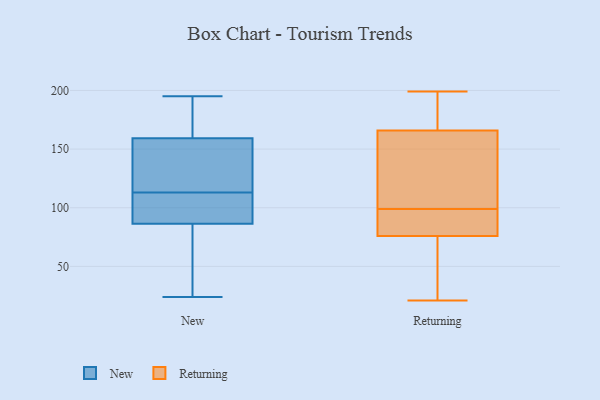
{"axis": {"x": "Waste Production (Tons)", "y": "Value"}, "legend": ["New", "Returning"], "data": [{"x": "", "y": 24, "type": "New"}, {"x": "", "y": 154, "type": "New"}, {"x": "", "y": 113, "type": "New"}, {"x": "", "y": 195, "type": "New"}, {"x": "", "y": 189, "type": "New"}, {"x": "", "y": 49, "type": "New"}, {"x": "", "y": 152, "type": "New"}, {"x": "", "y": 179, "type": "New"}, {"x": "", "y": 121, "type": "New"}, {"x": "", "y": 66, "type": "New"}, {"x": "", "y": 100, "type": "New"}, {"x": "", "y": 127, "type": "New"}, {"x": "", "y": 98, "type": "New"}, {"x": "", "y": 93, "type": "New"}, {"x": "", "y": 99, "type": "New"}, {"x": "", "y": 45, "type": "New"}, {"x": "", "y": 175, "type": "New"}, {"x": "", "y": 105, "type": "Returning"}, {"x": "", "y": 53, "type": "Returning"}, {"x": "", "y": 172, "type": "Returning"}, {"x": "", "y": 115, "type": "Returning"}, {"x": "", "y": 199, "type": "Returning"}, {"x": "", "y": 79, "type": "Returning"}, {"x": "", "y": 75, "type": "Returning"}, {"x": "", "y": 195, "type": "Returning"}, {"x": "", "y": 63, "type": "Returning"}, {"x": "", "y": 21, "type": "Returning"}, {"x": "", "y": 95, "type": "Returning"}, {"x": "", "y": 147, "type": "Returning"}, {"x": "", "y": 99, "type": "Returning"}, {"x": "", "y": 192, "type": "Returning"}, {"x": "", "y": 89, "type": "Returning"}]}